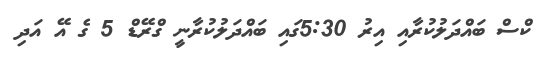
ކްސް ބައްދަލުކުރާއި އިރު 5:30ގައި ބައްދަލުކުރާނީ ގްރޭޑް 5 ގެ އޭ އަދި